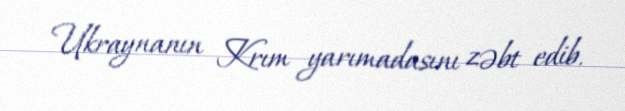
Ukraynanın Krım yarımadasını zəbt edib.